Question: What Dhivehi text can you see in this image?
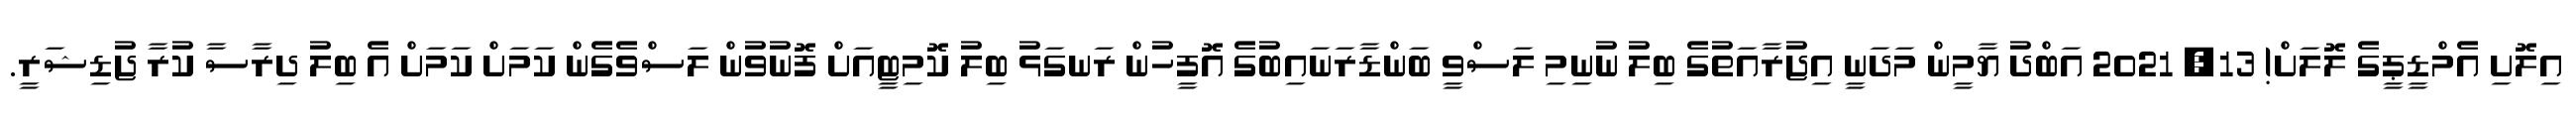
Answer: އިލޮށި އެމްޑީޕީގެ ލޮލަށް! 13, 2021 އަބްދު ޔާމީން މަދަނީ އިޖުރާއަތުގެ ބިލު ނުނިމި ލަސްވީ ބަންޑާރަނައިބުގެ އޮފީހުން ރަނގަޅު ބިލު ކޮމިޓީއަށް ފޮނުވުން ލަސްވެގެން ކަމަށް ކަމަށް އެ ބިލު ދިރާސާ ކުރާ ޖުޑިޝަރީ.